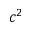
c ^ { 2 }